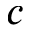
c